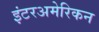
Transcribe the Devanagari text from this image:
इंटरअमेरिकन